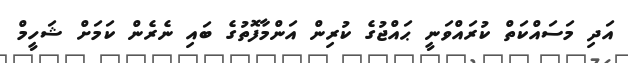
އަދި މަސައްކަތް ކުރައްވަނީ ޙައްޖުގެ ކުރިން އަންމާފޮތުގެ ބައި ނެރެން ކަމަށް ޝަހީމް